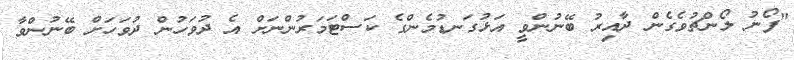
"ފޯނު ލޯންޗުވެގެން ދާއިރު ބޭނުންވީ އަޅުގަނޑުމެންގެ ކަސްޓަމަރުންނަށް އެ ދުވަހުން ދުވަހަށް ބޭނުންވާ